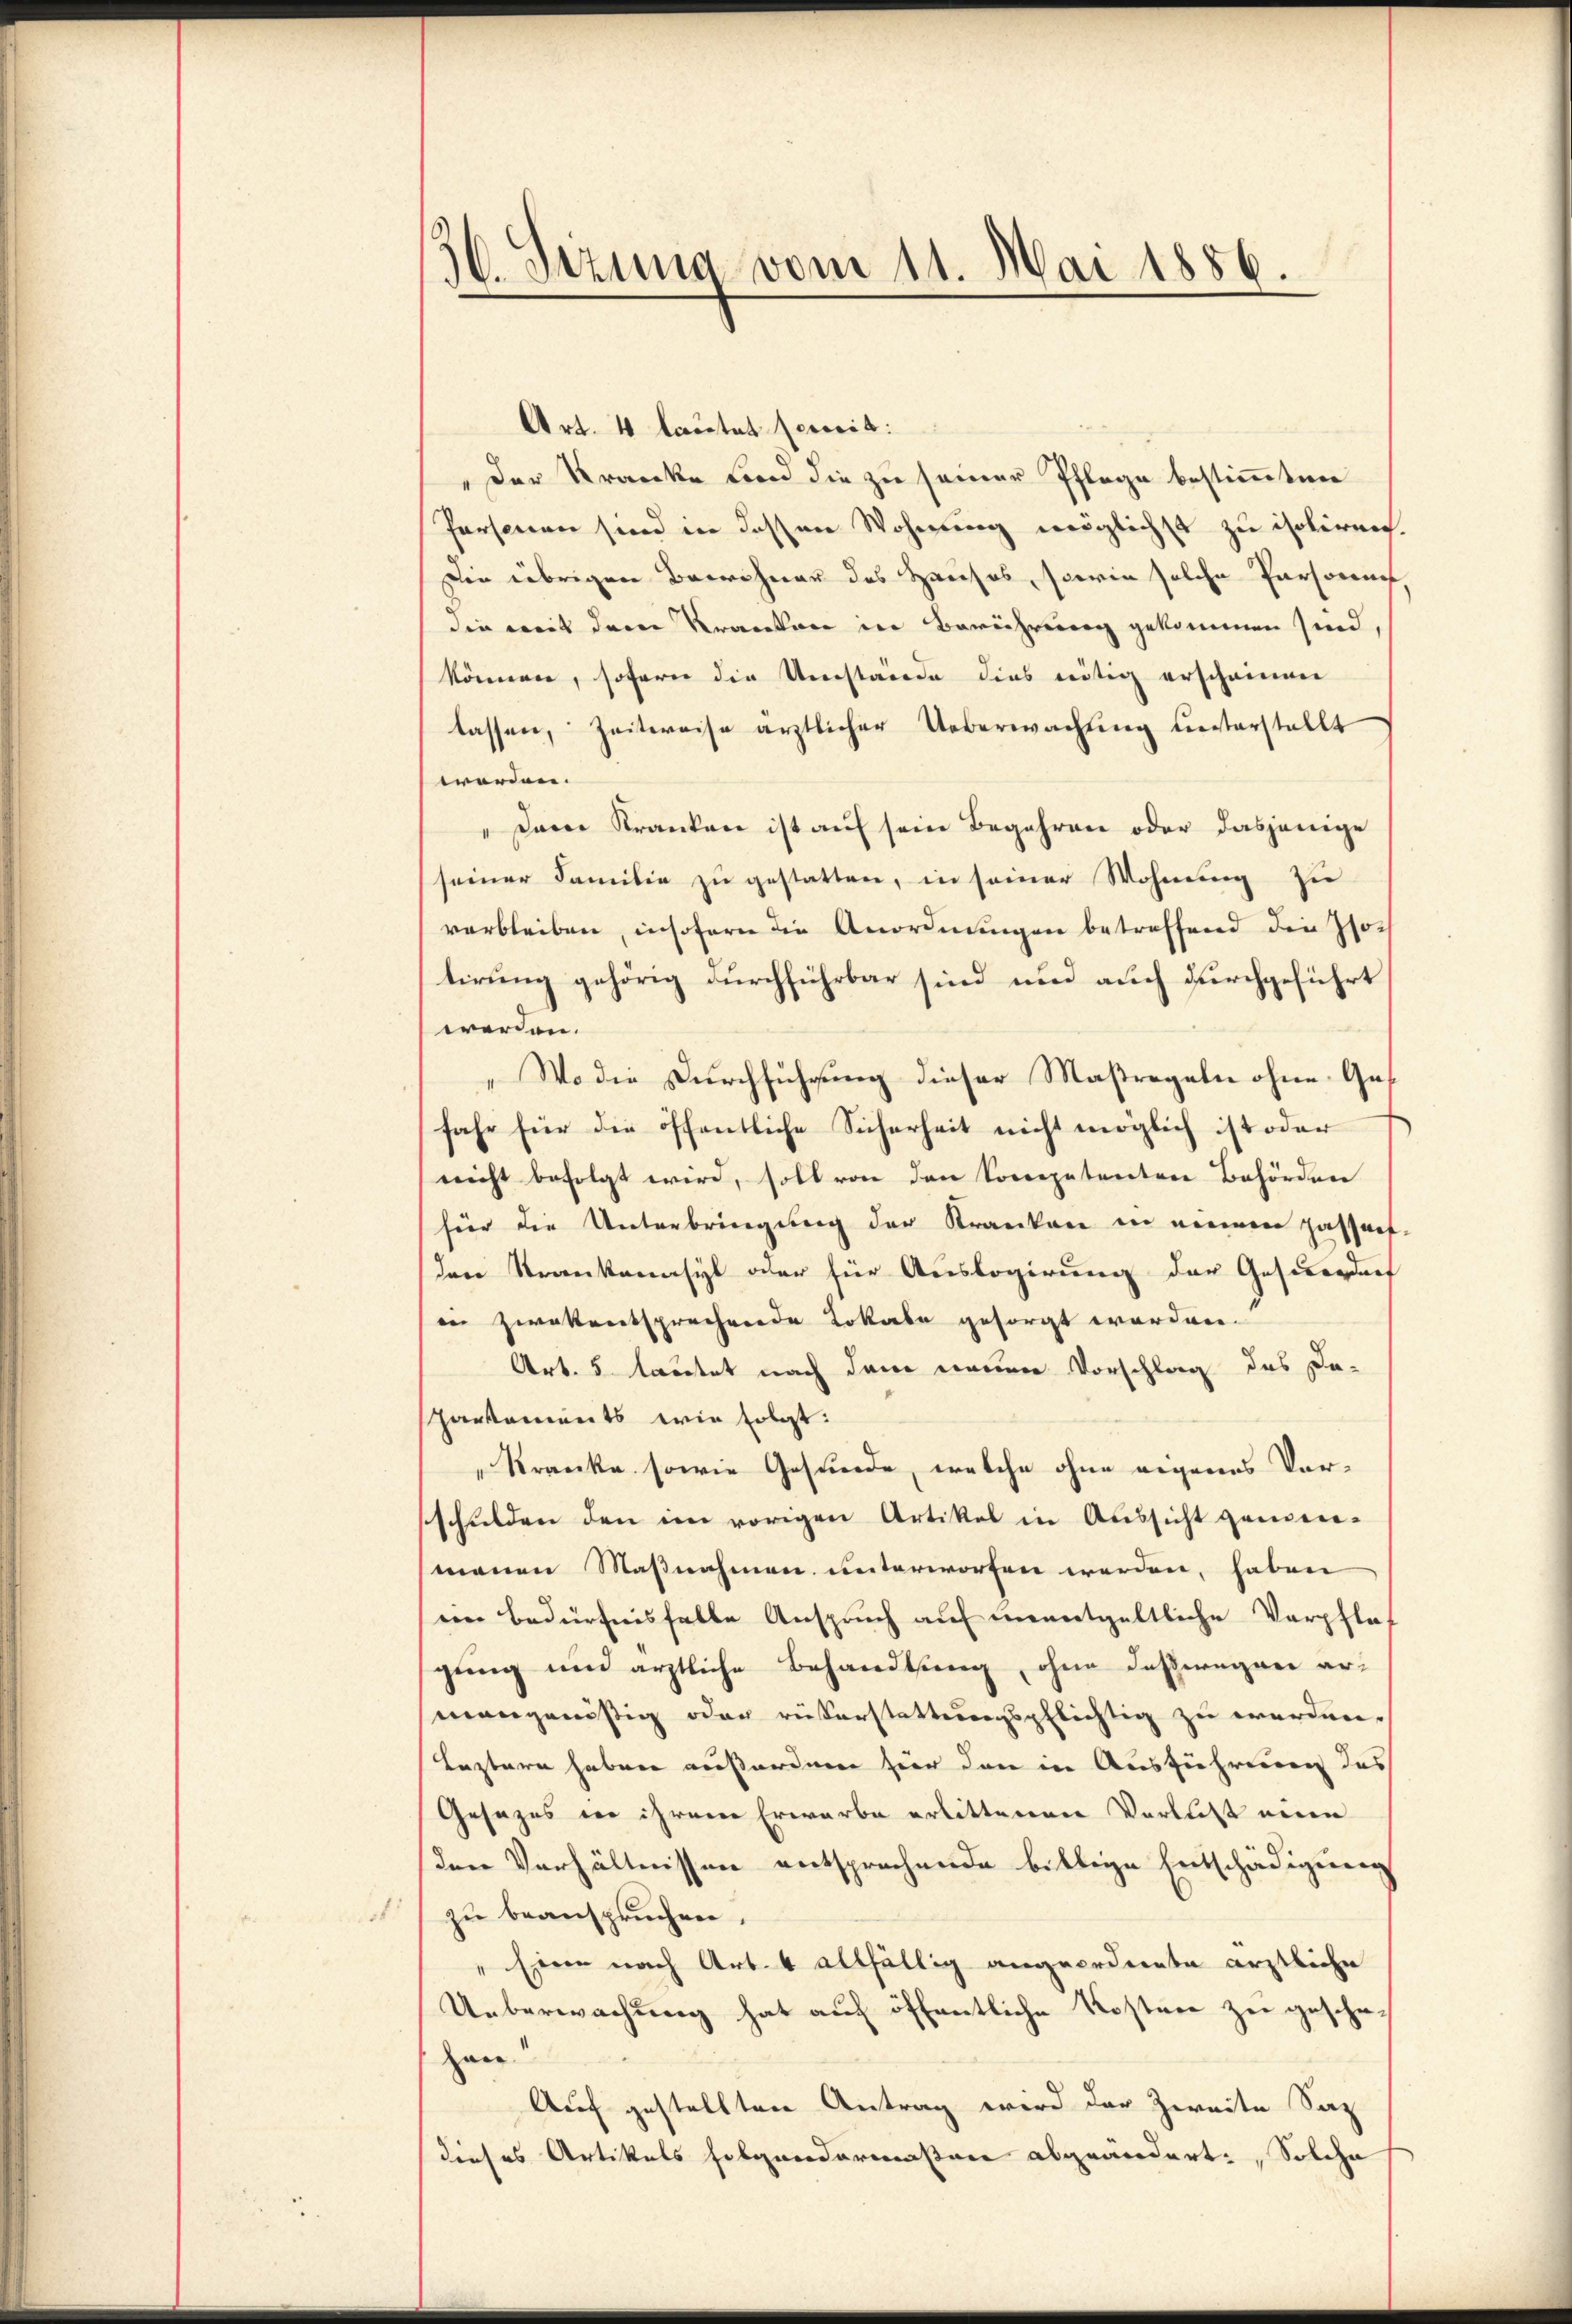
1

36. Sezung vom 11. Mai 1886.

Art. 4 lautet jeweil:
"Der Kranke und die zu seiner Pflege bestimmten
Personen sind in dessen Wohnung möglichst zu isoliren
Die übrigen Bewohner des Hauses, sowie solche Personne
die mit dem Kranken in Berührung gekommen sind,
könnern, sofern die Umstände dies nötig erscheinen
lassen, Zeitweise ärztlicher Ueberwachung unterstellt
worden.
Dann Kranken ist auf sein Begehren oder dasjenige
seiner Familie zu gestatten, in seiner Wohnung zu
verbleiben, insofern die Anordnungen betreffend die Jotirung gehörig durchführbar sind und auch durchgeführt
werden.
„Wo die Durchführung dieser Maßregeln ohne Ges
fahr für die öffentliche Sicherheit nicht möglich ist oder
nicht befolgt wird, soll von den Coccepetenten Behörden
für die Unterbringung der Kranken in meinen passat
den Strankenasyl oder für Auslogierung der Gescenden
inn zwekentsprechende Lokale gesorgt worden.
Art. 5 lautet nach dem neuen Vorschlag des Da-
Hankaments wie folgt:
„Kranke sowie Gesunde, welche ohne eigenes Vorsschulden den im vorigen Artikel in Aussicht gemein-
manen Maßnahmen unterworfen werden, haben
en Bedürfnisfalle Anspruch auf unentgeltliche Verpflegung und ärztliche Behandlung, ohne deßwegen armangenößig oder rükerstattungspflichtig zu erorden.
Leztern haben außerden hier dann in Ausführung des
Gesezes in ihrere Erwarbe erlittenen Vortritt eine
den Verhältnissen entsprochende billige Entschädigung
zu beanspruchen.
" Eine nach Art. 4 allfällig angeordente ärztliche
Ueberwachung hat auf öffentliche Kostner zu gesehe
Han
Auf gestellten Antrag wird der Zweite Sat
dieses Artikels Folgendermaßene abgeändert: Solche